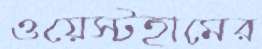
ওয়েস্টহামের